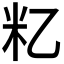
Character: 𬖋